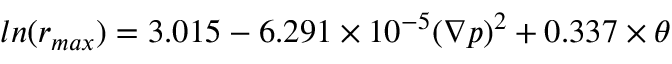
l n ( r _ { m a x } ) = 3 . 0 1 5 - 6 . 2 9 1 \times 1 0 ^ { - 5 } ( \nabla p ) ^ { 2 } + 0 . 3 3 7 \times \theta